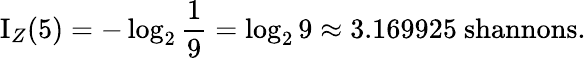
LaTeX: \operatorname{I}_{Z}(5)=-\log_{2}{\frac{1}{9}}=\log_{2}{9}\approx 3.169925{\mathrm{~shannons.}}